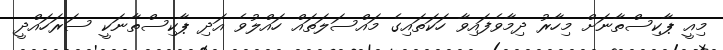
މިއީ ޕާކިސްތާނަށް މިހާރު ދިމާވެފައިވާ ހަކަތައިގެ މައްސަލަތައް ހައްލުވެ އަދި ޕާކިސްތާނަކީ ސަރަހައްދީ